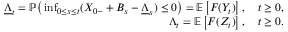
\begin{array} { r l r } & { } & { \underline { { \Lambda } } _ { t } = \mathbb { P } \big ( \operatorname* { i n f } _ { 0 \le s \le t } ( X _ { 0 - } + B _ { s } - \underline { { \Lambda } } _ { s } ) \le 0 \big ) = \mathbb { E } \left[ F ( Y _ { t } ) \right] , \quad t \ge 0 , } \\ & { } & { \Lambda _ { t } = \mathbb { E } \left[ F ( Z _ { t } ) \right] , \quad t \ge 0 . } \end{array}